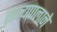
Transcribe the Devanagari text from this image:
राज्यपालाने